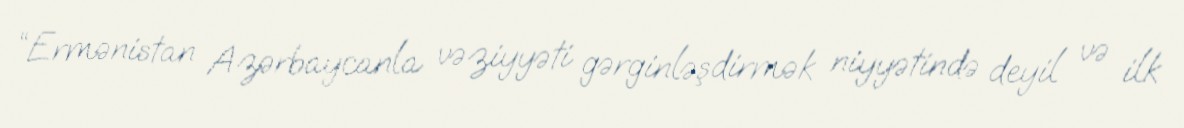
“Ermənistan Azərbaycanla vəziyyəti gərginləşdirmək niyyətində deyil və ilk